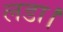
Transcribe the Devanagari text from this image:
लडा।